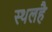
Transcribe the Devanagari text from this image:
स्थलहै